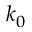
k _ { 0 }